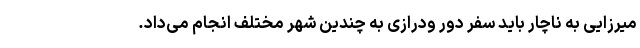
میرزایی به ناچار باید سفر دور ودرازی به چندین شهر مختلف انجام می‌داد.